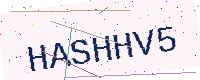
Text: HASHHV5